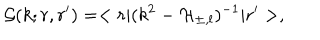
LaTeX: \mathcal { G } ( k ; r , r ^ { \prime } ) = < r | ( k ^ { 2 } - \mathcal { H } _ { \pm , l } ) ^ { - 1 } | r ^ { \prime } > ,